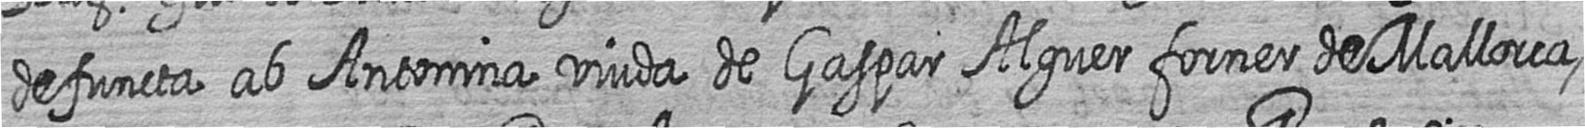
defuncta ab Antonina viuda de Gaspar Alguer forner de Mallorca